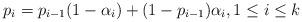
LaTeX: \begin{align*}p_i = p_{i-1} (1-\alpha_i) + (1-p_{i-1}) \alpha_i, 1\leq i\leq k\end{align*}